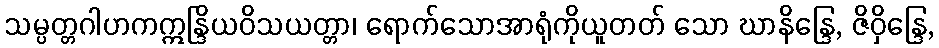
သမ္ပတ္တဂါဟကဣန္ဒြိယဝိသယတ္တာ၊ ရောက်သောအာရုံကိုယူတတ် သော ဃာနိန္ဒြေ, ဇိဝှိန္ဒြေ,